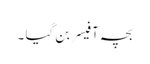
بچہ آفیسر بن گیا ۔